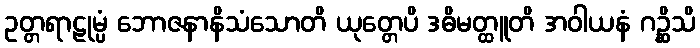
ဥတ္တရာဠုမ္ပံ ဘောဇနာနိသံသောတိ ယုတ္တေပိ ဒဓိမတ္ထူတိ အဝါယနံ ဂဉ္ဆိသိ